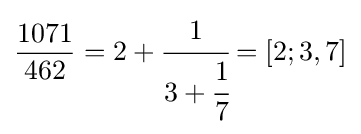
{\frac {1071}{462}}=2+{\cfrac {1}{3+{\cfrac {1}{7}}}}=[2;3,7]